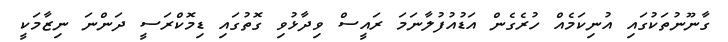
ގާނޫނުތަކުގައި އުނިކަމެއް ހުރެގެން އަޑުއުފުލާނަމަ ރައީސް ވިދާޅުވި ގޮތުގައި ޑިމޮކްރަސީ ދަންނަ ނިޒާމަކީ